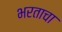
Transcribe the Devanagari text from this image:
भरताचा